65_HS1-834228961_62-HQ-83894_Section_1
Agency: FBI
Page 42
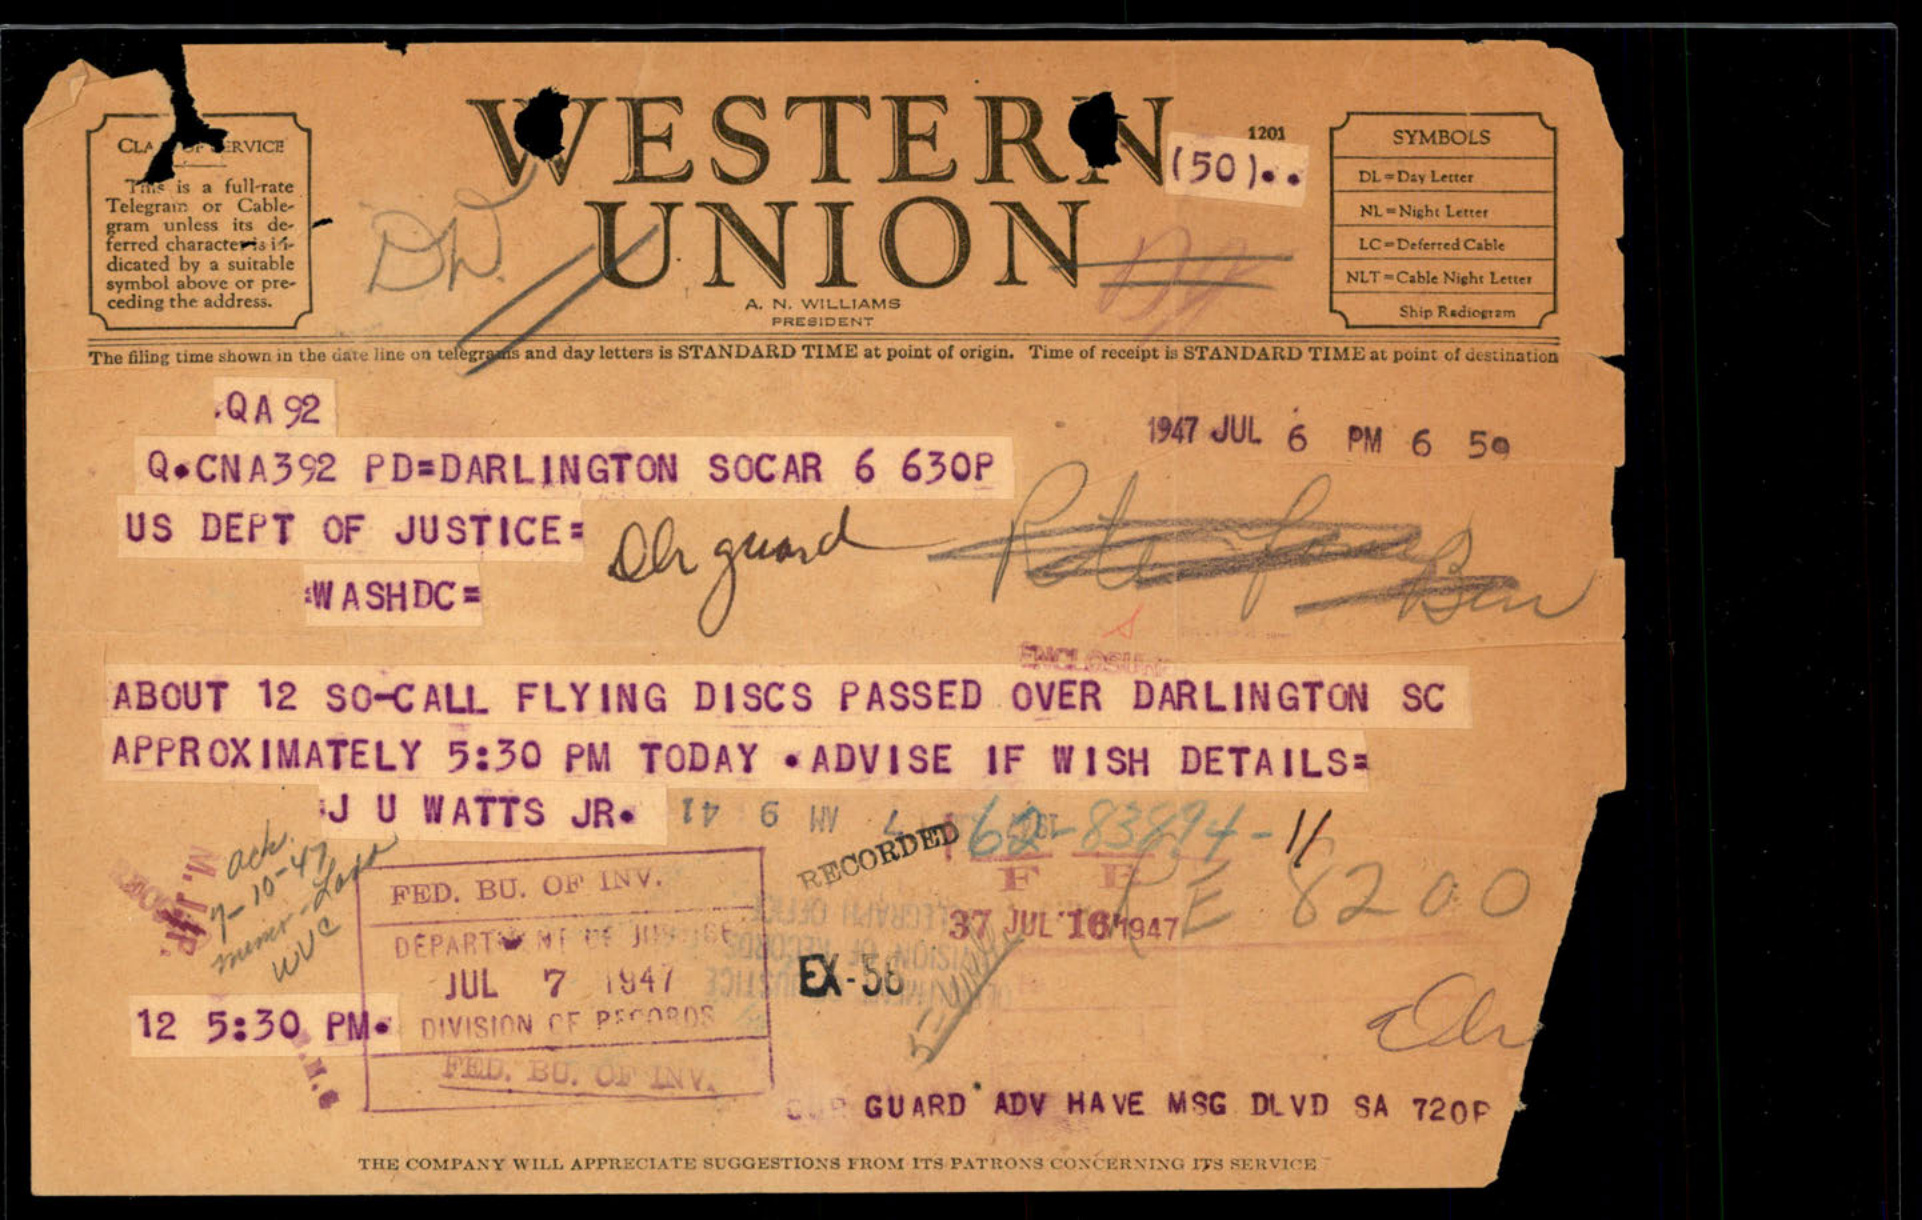